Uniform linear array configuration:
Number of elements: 48
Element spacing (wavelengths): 1
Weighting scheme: hann
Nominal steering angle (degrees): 30
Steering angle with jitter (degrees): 28.427
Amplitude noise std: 0.05
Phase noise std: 0.05

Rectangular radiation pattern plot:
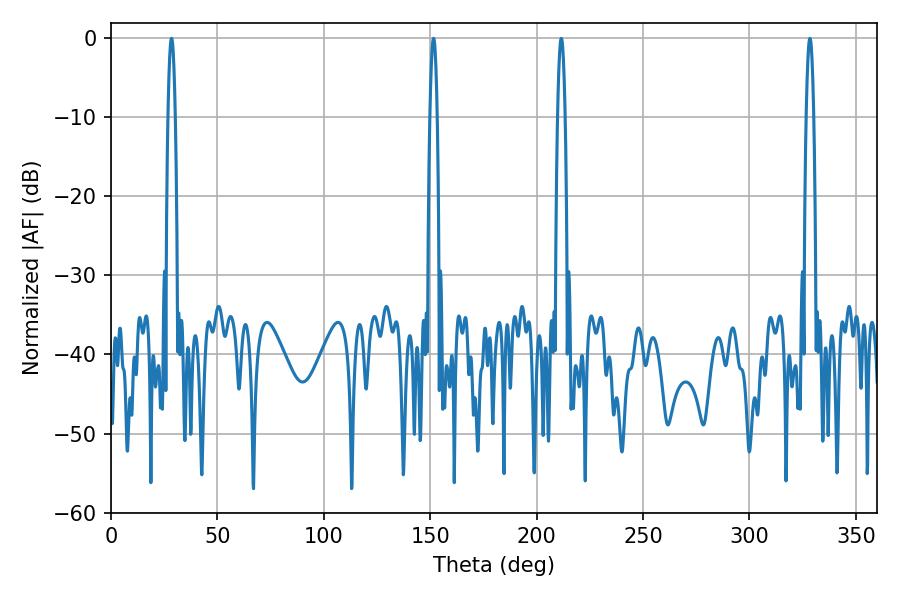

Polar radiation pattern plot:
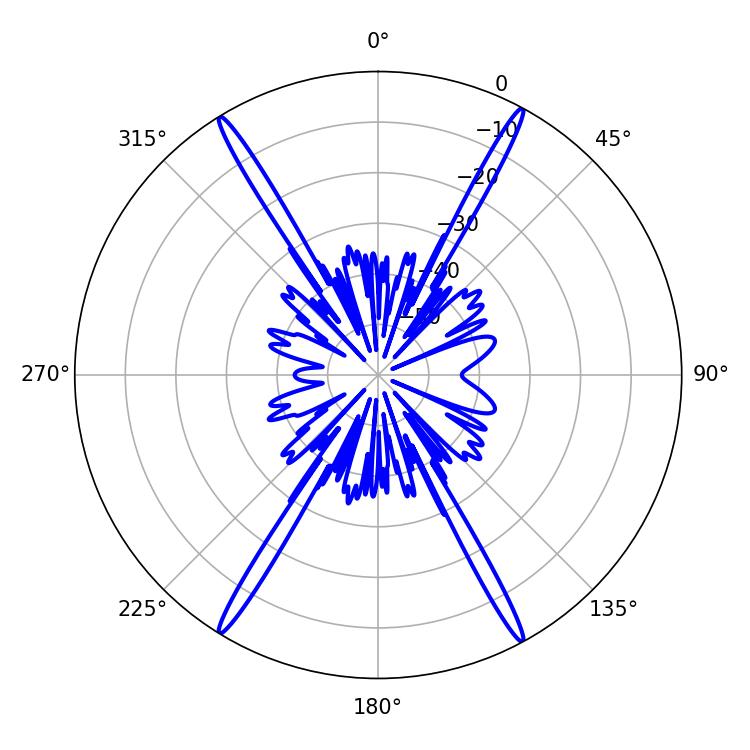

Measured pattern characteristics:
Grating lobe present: TRUE
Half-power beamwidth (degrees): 1.8
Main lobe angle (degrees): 151.56